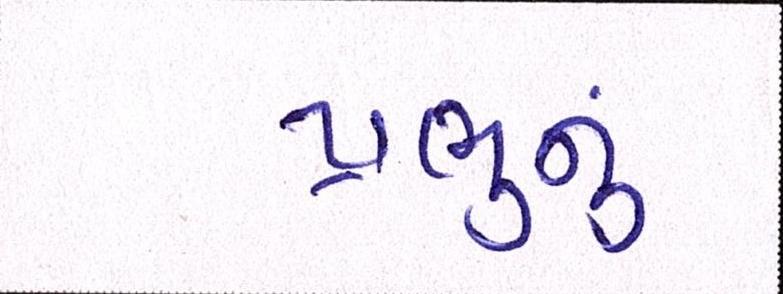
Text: પ્રભુનું